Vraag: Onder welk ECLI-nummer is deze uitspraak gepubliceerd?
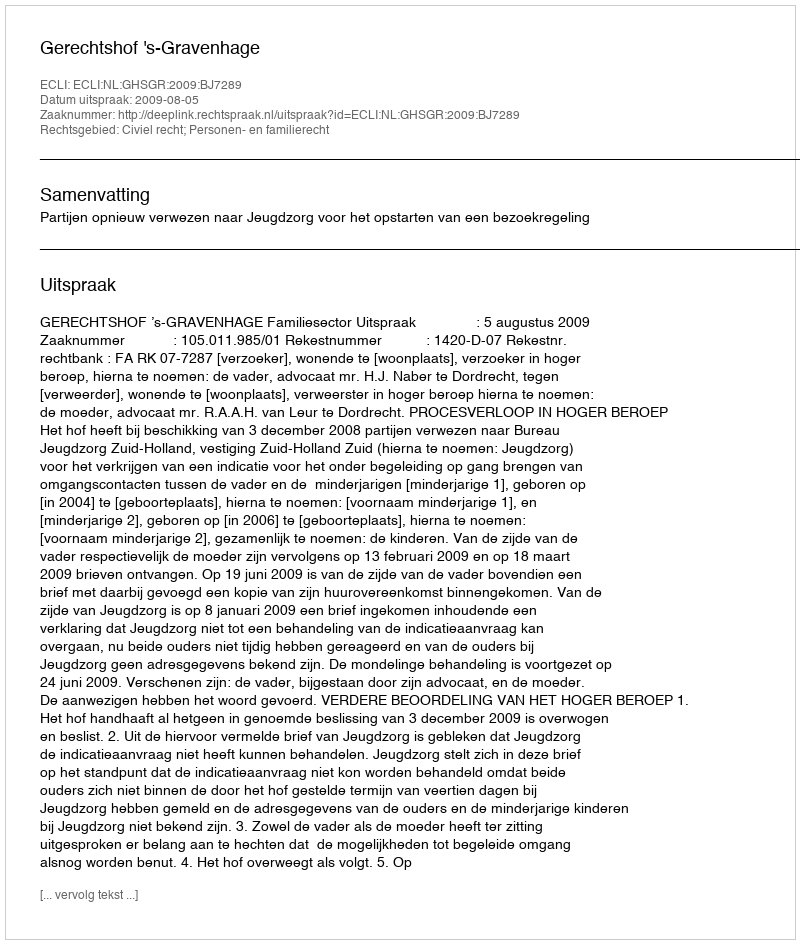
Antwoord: ECLI:NL:GHSGR:2009:BJ7289